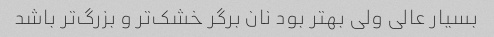
بسیار عالی ولی بهتر بود نان برگر خشک‌تر و بزرگ‌تر باشد